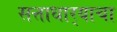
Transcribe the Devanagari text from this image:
सत्ताधार्‍याचा